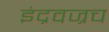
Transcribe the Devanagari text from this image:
इंद्रवज्रच